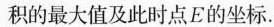
积的最大值及此时点E的坐标.